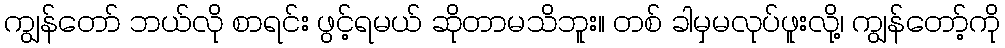
ကျွန်တော် ဘယ်လို စာရင်း ဖွင့်ရမယ် ဆိုတာမသိဘူး။ တစ် ခါမှမလုပ်ဖူးလို့၊ ကျွန်တော့်ကို